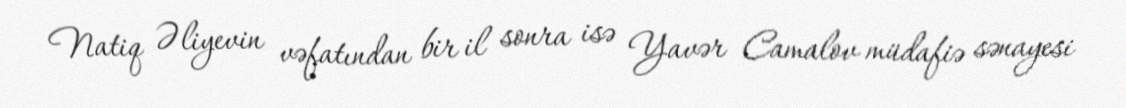
Natiq Əliyevin vəfatından bir il sonra isə Yavər Camalov müdafiə sənayesi